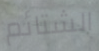
الشتائم